Leaving Certificate Examination, 1918
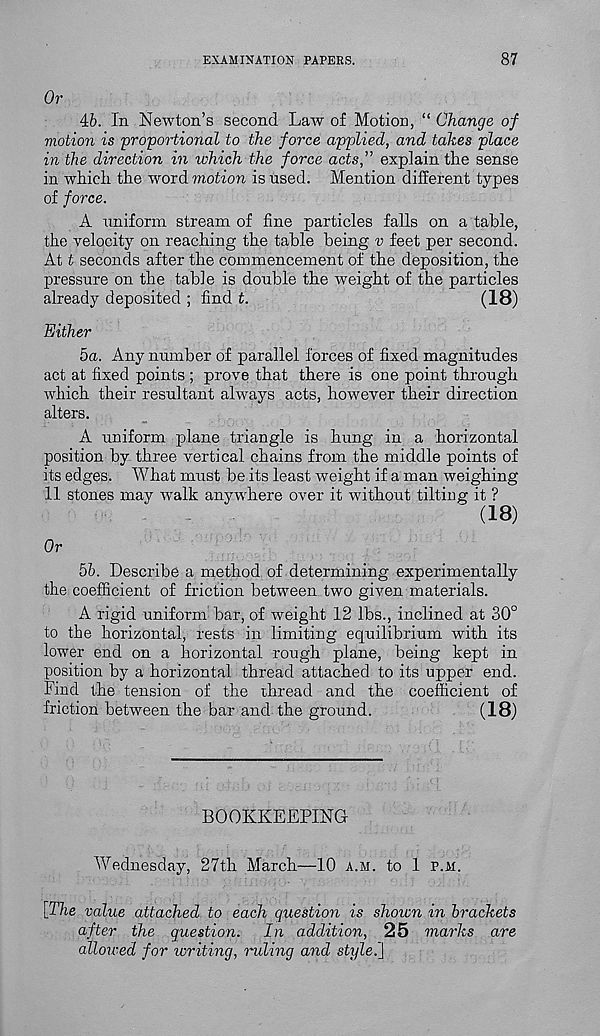
EXAMINATION PAPERS.
87
Or
46. In Newton’s second Law of Motion, “ Change of
motion is proportional to the force applied, and takes place
in the direction in which the force acts,” explain the sense
in which the word motion is used. Mention different types
of force.
A uniform stream of fine particles falls on a table,
the velocity on reaching the table being v feet per second.
At t seconds after the commencement of the deposition, the
pressure on the table is double the weight of the particles
already deposited ; find t.
(18)
Either
5a. Any number of parallel forces of fixed magnitudes
act at fixed points ; prove that there is one point through
which their resultant always acts, however their direction
alters.
A uniform plane triangle is hung in a horizontal
position by three vertical chains from the middle points of
its edges. What must be its least weight if a man weighing
11 stones may vralk anywhere over it without tilting it ?
(18)
Or
56. Describe a method of determining experimentally
the coefficient of friction between two given materials.
A rigid uniform bar, of weight 12 lbs., inclined at 30°
to the horizontal, rests in limiting equilibrium with its
lower end on a horizontal rough plane, being kept in
position by a horizontal thread attached to its upper end.
Find the tension of the thread and the coefficient of
friction between the bar and the ground.
(18)
BOOKKEEPING
Wednesday, 27th March—10 a.m. to 1 p.m.
[The value attached to each question is shown in brackets
after the question. In addition, 25 marks are
allowed for writing, ruling and style!\